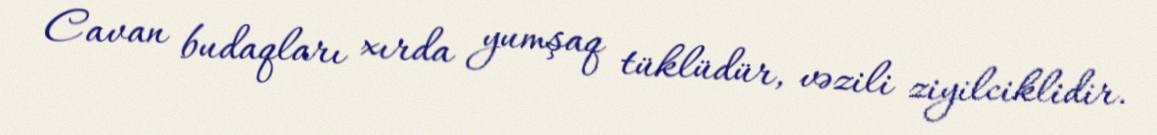
Cavan budaqları xırda yumşaq tüklüdür, vəzili ziyilciklidir.